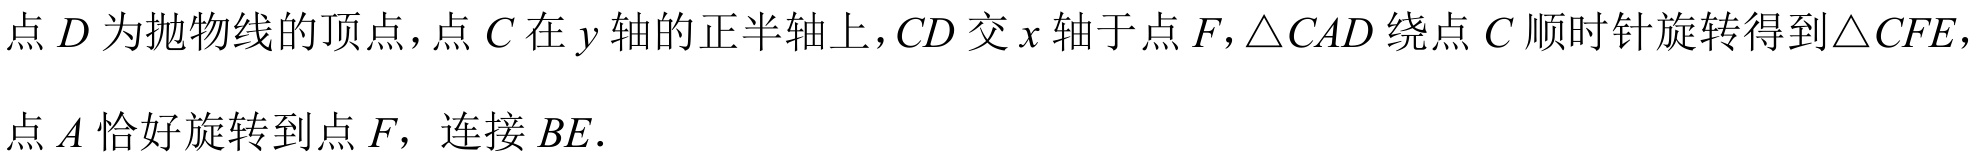
点\(D\)为抛物线的顶点，点\(C\)在\(y\)轴的正半轴上，\(CD\)交\(x\)轴于点\(F\)，\(\triangle CAD\)绕点\(C\)顺时针旋转得到\(\triangle CFE\)，点\(A\)恰好旋转到点\(F\)，连接\(BE\).